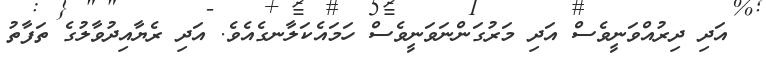
އަދި ދިރުއްވަނީވެސް އަދި މަރުގަންނަވަނީވެސް ހަމައެކަލާނގެއެވެ. އަދި ރެޔާއިދުވާލުގެ ތަފާތު